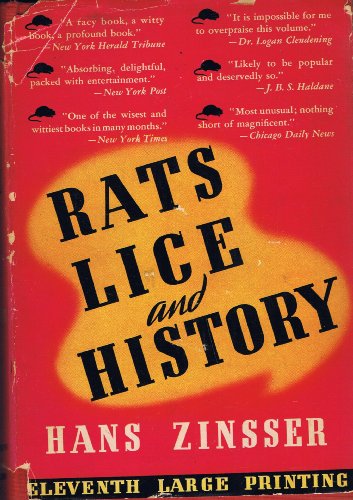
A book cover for Rats, Lice and History; Hans Zinsser; Health, Fitness & Dieting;